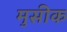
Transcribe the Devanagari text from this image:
मुसीक